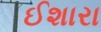
ઈશારા